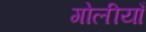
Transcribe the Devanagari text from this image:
गोलीयाँ